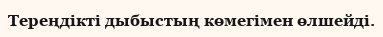
Тереңдікті дыбыстың көмегімен өлшейді.